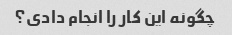
چگونه این کار را انجام دادی؟